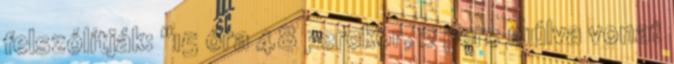
felszólítják: "15 óra 48 perckor, 2 perc múlva vonat